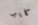
كايب